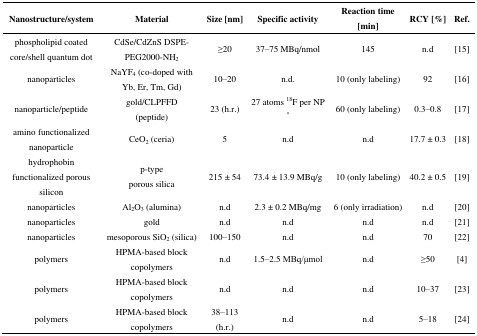
| Nanostructure/system | Material | Size [nm] | Specific activity | Reaction time [min] | RCY [%] | Ref. |
 | --- | --- | --- | --- | --- | --- | --- |
 | phospholipid coated core/shell quantum dot | CdSe/CdZnS DSPE-PEG2000-NH2 | ≥20 | 37–75 MBq/nmol | 145 | n.d | [15] |
 | nanoparticles | NaYF4 (co-doped with Yb, Er, Tm, Gd) | 10–20 | n.d. | 10 (only labeling) | 92 | [16] |
 | nanoparticle/peptide | gold/CLPFFD (peptide) | 23 (h.r.) | 27 atoms 18F per NP * | 60 (only labeling) | 0.3–0.8 | [17] |
 | amino functionalized nanoparticle | CeO2 (ceria) | 5 | n.d | n.d | 17.7 ± 0.3 | [18] |
 | hydrophobin functionalized porous silicon | p-type porous silica | 215 ± 54 | 73.4 ± 13.9 MBq/g | 10 (only labeling) | 40.2 ± 0.5 | [19] |
 | nanoparticles | Al2O3 (alumina) | n.d | 2.3 ± 0.2 MBq/mg | 6 (only irradiation) | n.d | [20] |
 | nanoparticles | gold | n.d | n.d | n.d | n.d | [21] |
 | nanoparticles | mesoporous SiO2 (silica) | 100–150 | n.d | n.d | 70 | [22] |
 | polymers | HPMA-based block copolymers | n.d | 1.5–2.5 MBq/μmol | n.d | ≥50 | [4] |
 | polymers | HPMA-based block copolymers | n.d | n.d | n.d | 10–37 | [23] |
 | polymers | HPMA-based block copolymers | 38–113 (h.r.) | n.d | n.d | 5–18 | [24] |